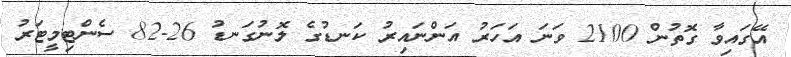
އޭގައިވާ ގޮތުން 2100 ވަނަ އަހަރު އަންނައިރު ކަނޑުގެ ލޮނުގަނޑު 26-82 ސެންޓިމީޓަރު